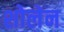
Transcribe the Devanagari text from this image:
शोलेन